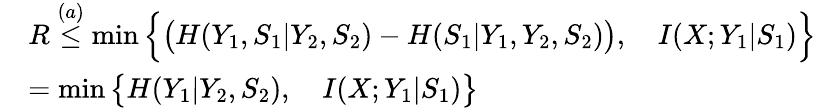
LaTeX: \begin{array}{rl}&{R\overset{(a)}{\leq}\operatorname*{min}\Big\{ \big(H(Y_{1},S_{1}|Y_{2},S_{2})-H(S_{1}|Y_{1},Y_{2},S_{2})\big),\quad I(X;Y_{1}|S_{1})\Big\} }\\ &{=\operatorname*{min}\big\{ H(Y_{1}|Y_{2},S_{2}),\quad I(X;Y_{1}|S_{1})\big\} }\end{array}